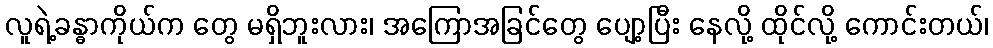
လူရဲ့ခန္ဓာကိုယ်က တွေ မရှိဘူးလား၊ အကြောအခြင်တွေ ပျော့ပြီး နေလို့ ထိုင်လို့ ကောင်းတယ်၊